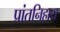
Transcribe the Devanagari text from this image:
प्रांतनिहाय